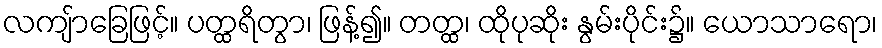
လကျ်ာခြေဖြင့်။ ပတ္ထရိတွာ၊ ဖြန့်၍။ တတ္ထ၊ ထိုပုဆိုး နွမ်းပိုင်း၌။ ယောသာရော၊